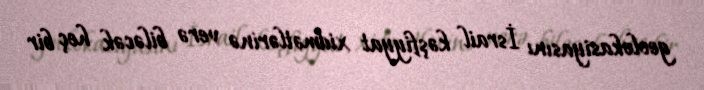
geolokasiyasını İsrail kəşfiyyat xidmətlərinə verə biləcək heç bir